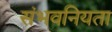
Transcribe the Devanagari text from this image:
संभवनियता